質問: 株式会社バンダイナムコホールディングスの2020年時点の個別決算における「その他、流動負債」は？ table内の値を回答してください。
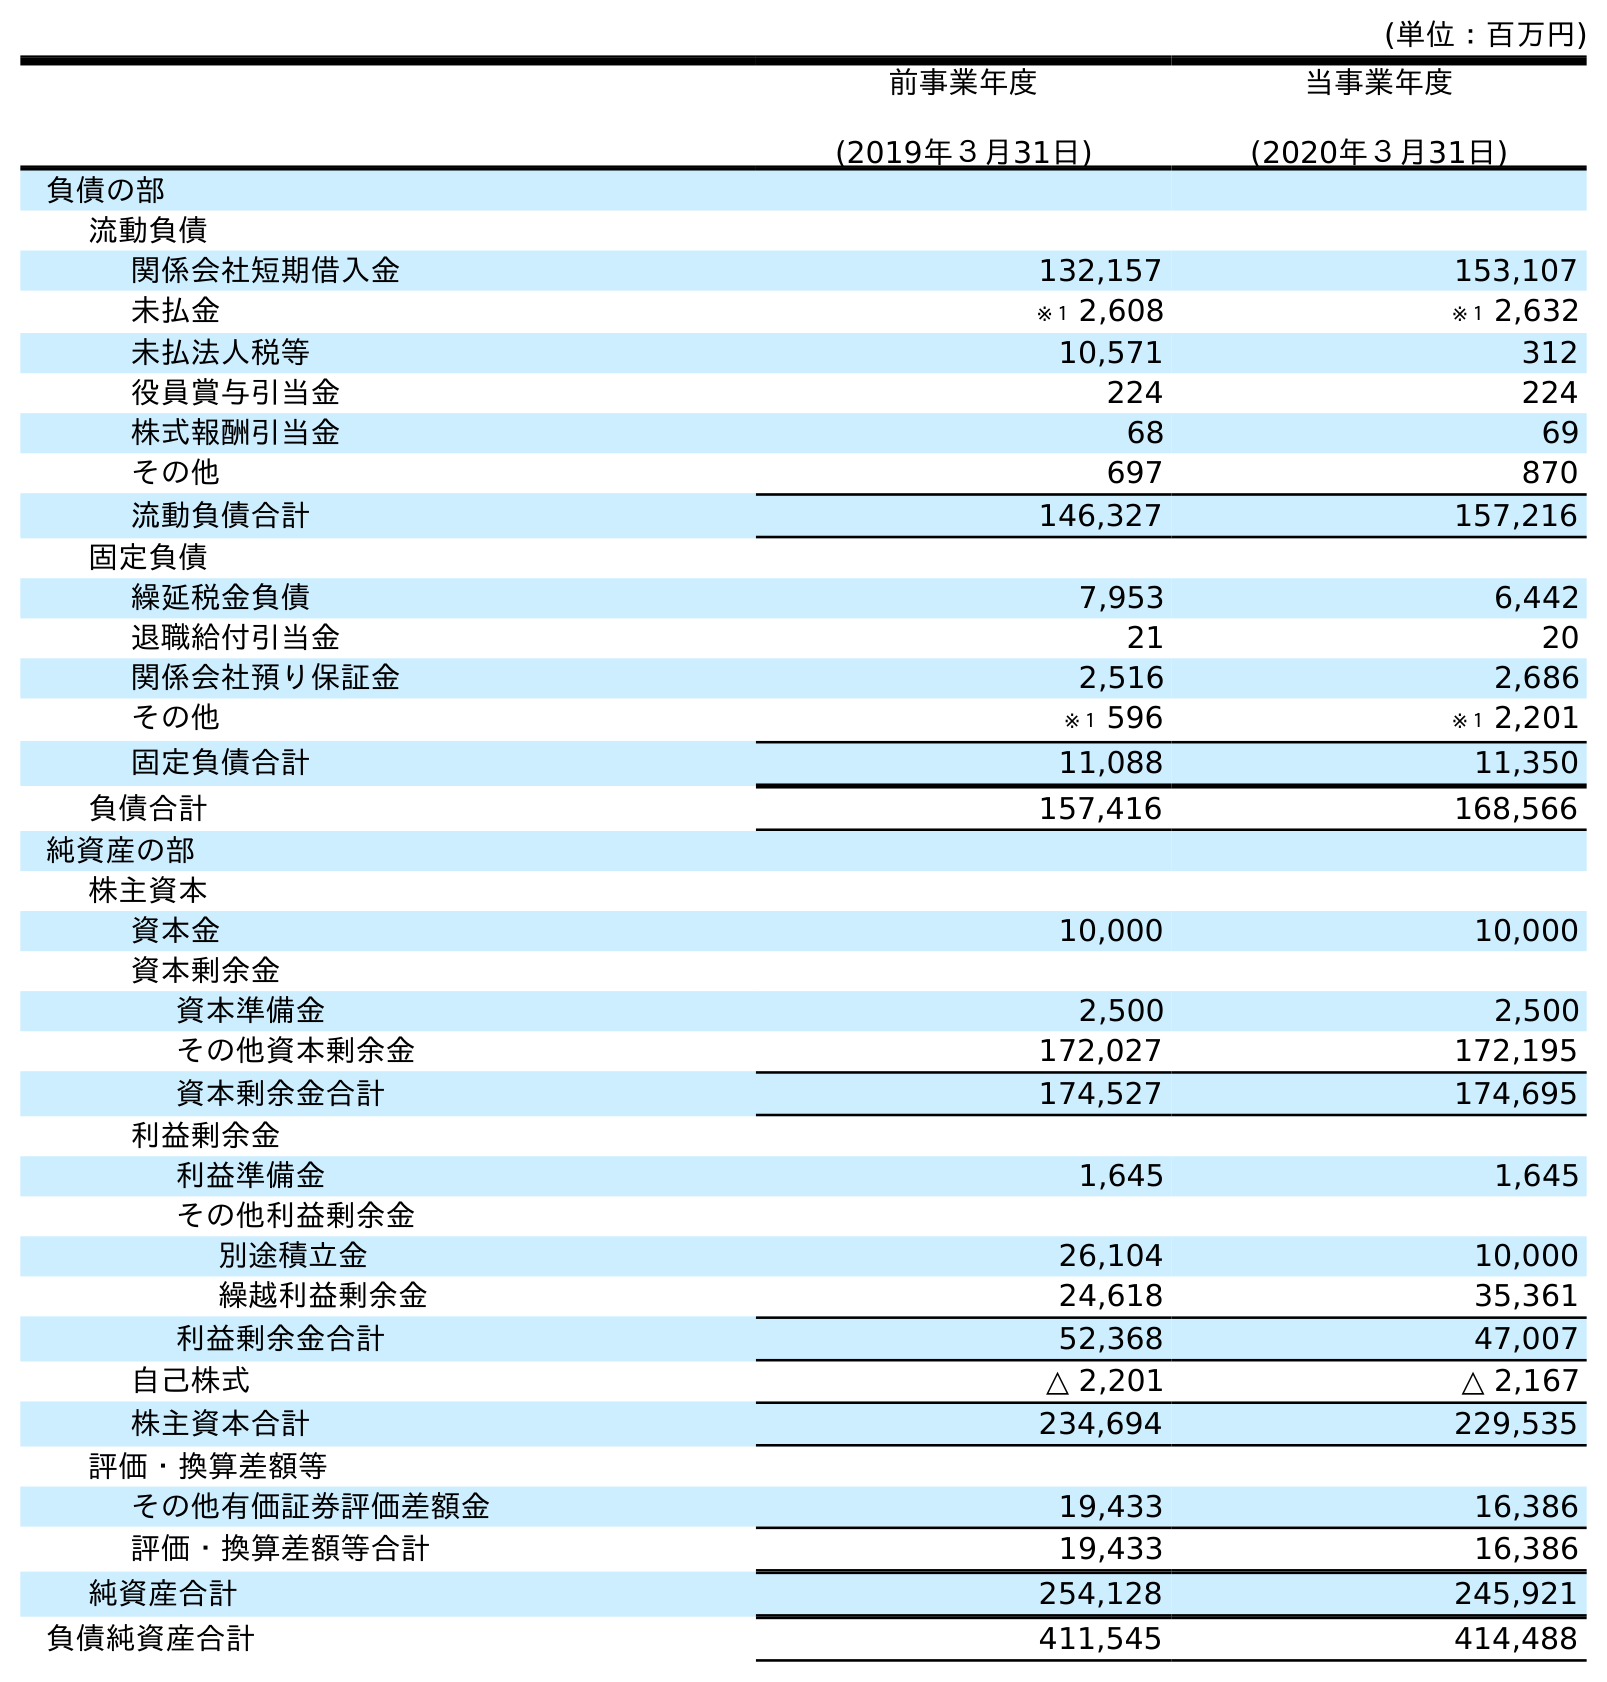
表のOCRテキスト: (単位：百万円) 前事業年度 (2019年３月31日) 当事業年度 (2020年３月31日) 負債の部 流動負債 関係会社短期借入金 132,157 153,107 未払金 ※１ 2,608 ※１ 2,632 未払法人税等 10,571 312 役員賞与引当金 224 224 株式報酬引当金 68 69 その他 697 870 流動負債合計 146,327 157,216 固定負債 繰延税金負債 7,953 6,442 退職給付引当金 21 20 関係会社預り保証金 2,516 2,686 その他 ※１ 596 ※１ 2,201 固定負債合計 11,088 11,350 負債合計 157,416 168,566 純資産の部 株主資本 資本金 10,000 10,000 資本剰余金 資本準備金 2,500 2,500 その他資本剰余金 172,027 172,195 資本剰余金合計 174,527 174,695 利益剰余金 利益準備金 1,645 1,645 その他利益剰余金 別途積立金 26,104 10,000 繰越利益剰余金 24,618 35,361 利益剰余金合計 52,368 47,007 自己株式 △ 2,201 △ 2,167 株主資本合計 234,694 229,535 評価・換算差額等 その他有価証券評価差額金 19,433 16,386 評価・換算差額等合計 19,433 16,386 純資産合計 254,128 245,921 負債純資産合計 411,545 414,488
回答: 870